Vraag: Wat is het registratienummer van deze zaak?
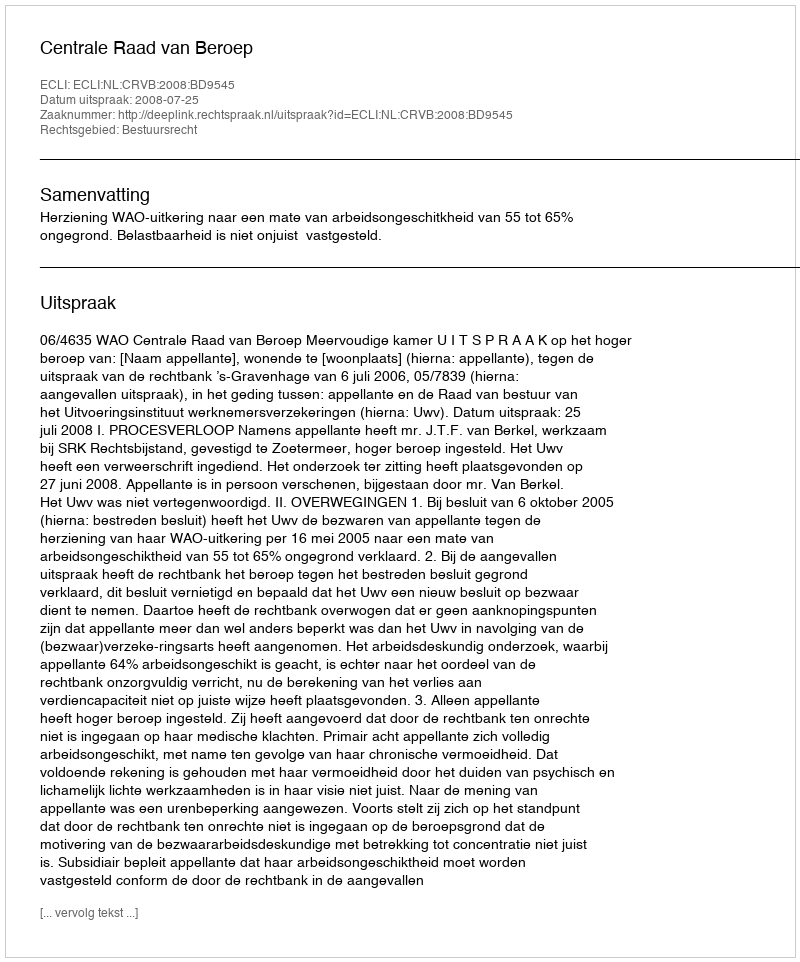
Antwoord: http://deeplink.rechtspraak.nl/uitspraak?id=ECLI:NL:CRVB:2008:BD9545